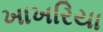
ખાખરિયા